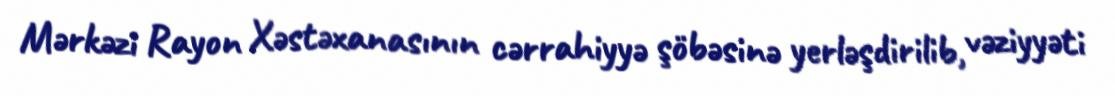
Mərkəzi Rayon Xəstəxanasının cərrahiyyə şöbəsinə yerləşdirilib, vəziyyəti